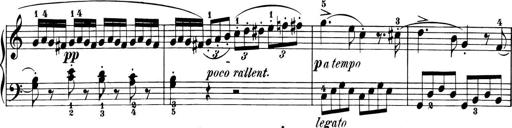
Title: 6 Piano Sonatinas
Composer: Cornelius Gurlitt